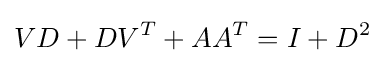
VD+DV^{T}+AA^{T}=I+D^{2}